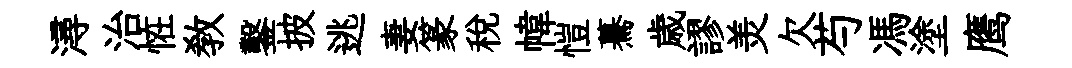
潯治恠教鑿披逃妻篆稅幃愷驀歳謬羙欠芍馮塗鹰